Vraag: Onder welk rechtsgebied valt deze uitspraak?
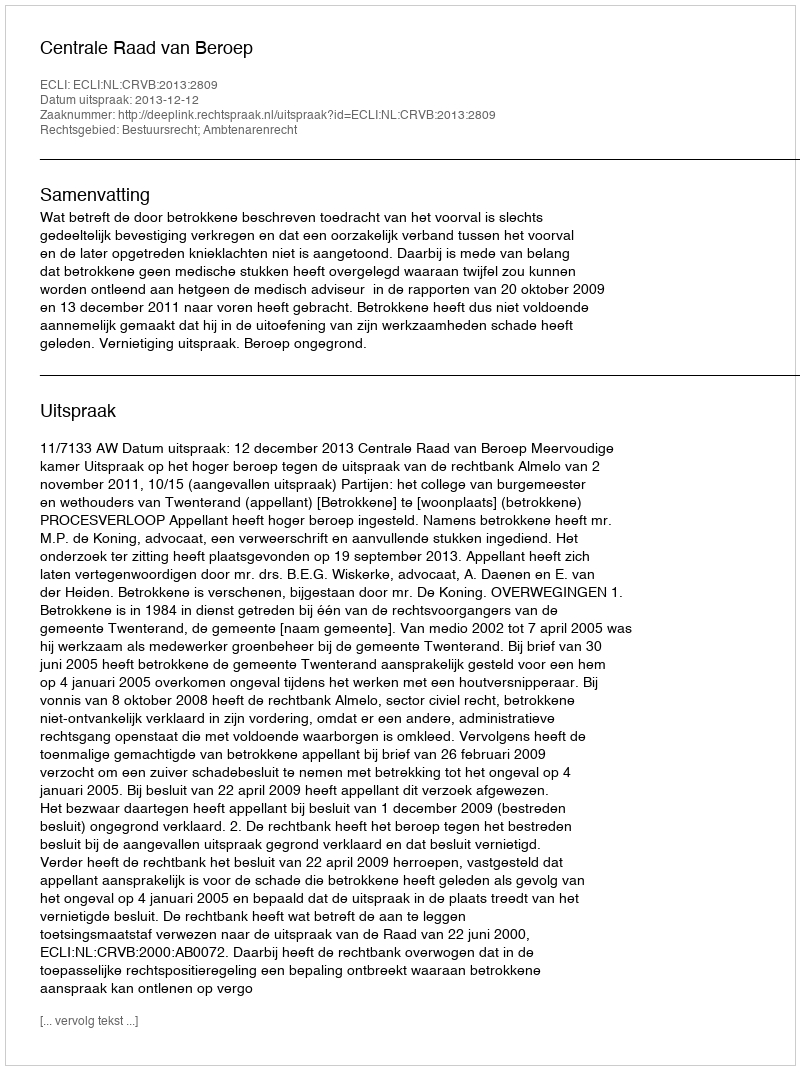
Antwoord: Bestuursrecht; Ambtenarenrecht